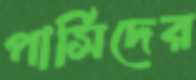
পার্সিদের